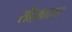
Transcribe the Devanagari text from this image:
सीज़फ़ायर